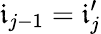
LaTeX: \mathfrak{i}_{j-1}=\mathfrak{i}_{j}^{\prime}